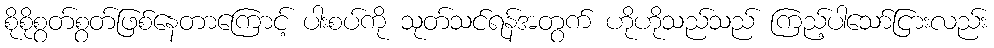
စိုစိုစွတ်စွတ်ဖြစ်နေတာကြောင့် ပါးစပ်ကို သုတ်သင်ရန်အတွက် ဟိုဟိုသည်သည် ကြည့်ပါသော်ငြားလည်း